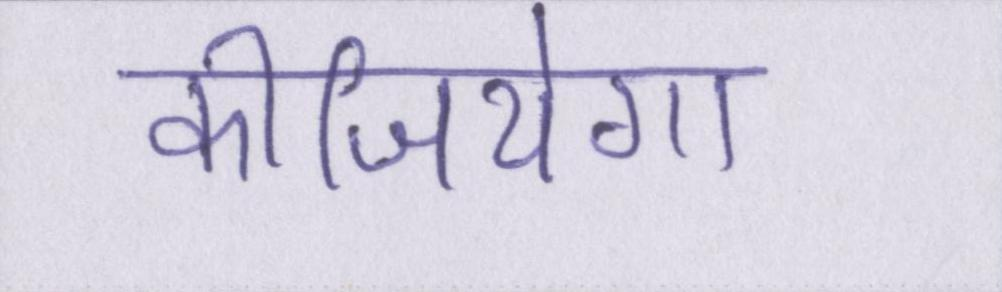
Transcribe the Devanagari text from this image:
कीजियेगा